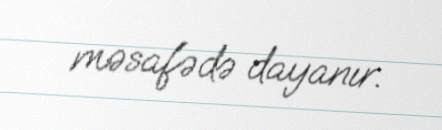
məsafədə dayanır.